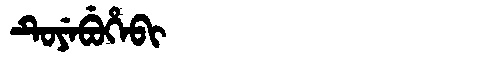
Manchu: ᡨᡠᠶᡝᠪᡠᡥᡝᠪᡳ
Romanization: TUYEBUHEBI